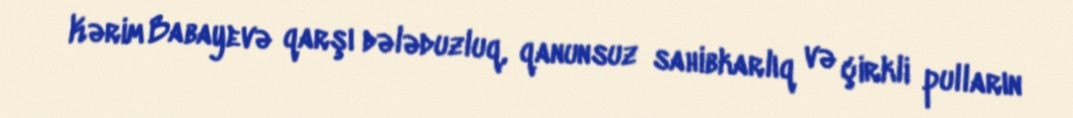
Kərim Babayevə qarşı dələduzluq, qanunsuz sahibkarlıq və çirkli pulların